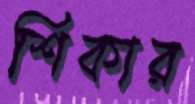
শিকার